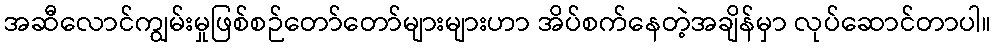
အဆီလောင်ကျွမ်းမှုဖြစ်စဉ်တော်တော်များများဟာ အိပ်စက်နေတဲ့အချိန်မှာ လုပ်ဆောင်တာပါ။